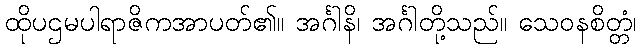
ထိုပဌမပါရာဇိကအာပတ်၏။ အင်္ဂါနိ၊ အင်္ဂါတို့သည်။ သေဝနစိတ္တံ၊